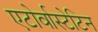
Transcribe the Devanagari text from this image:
एटोर्वास्टेटिन